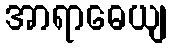
အာရာဓေယျ